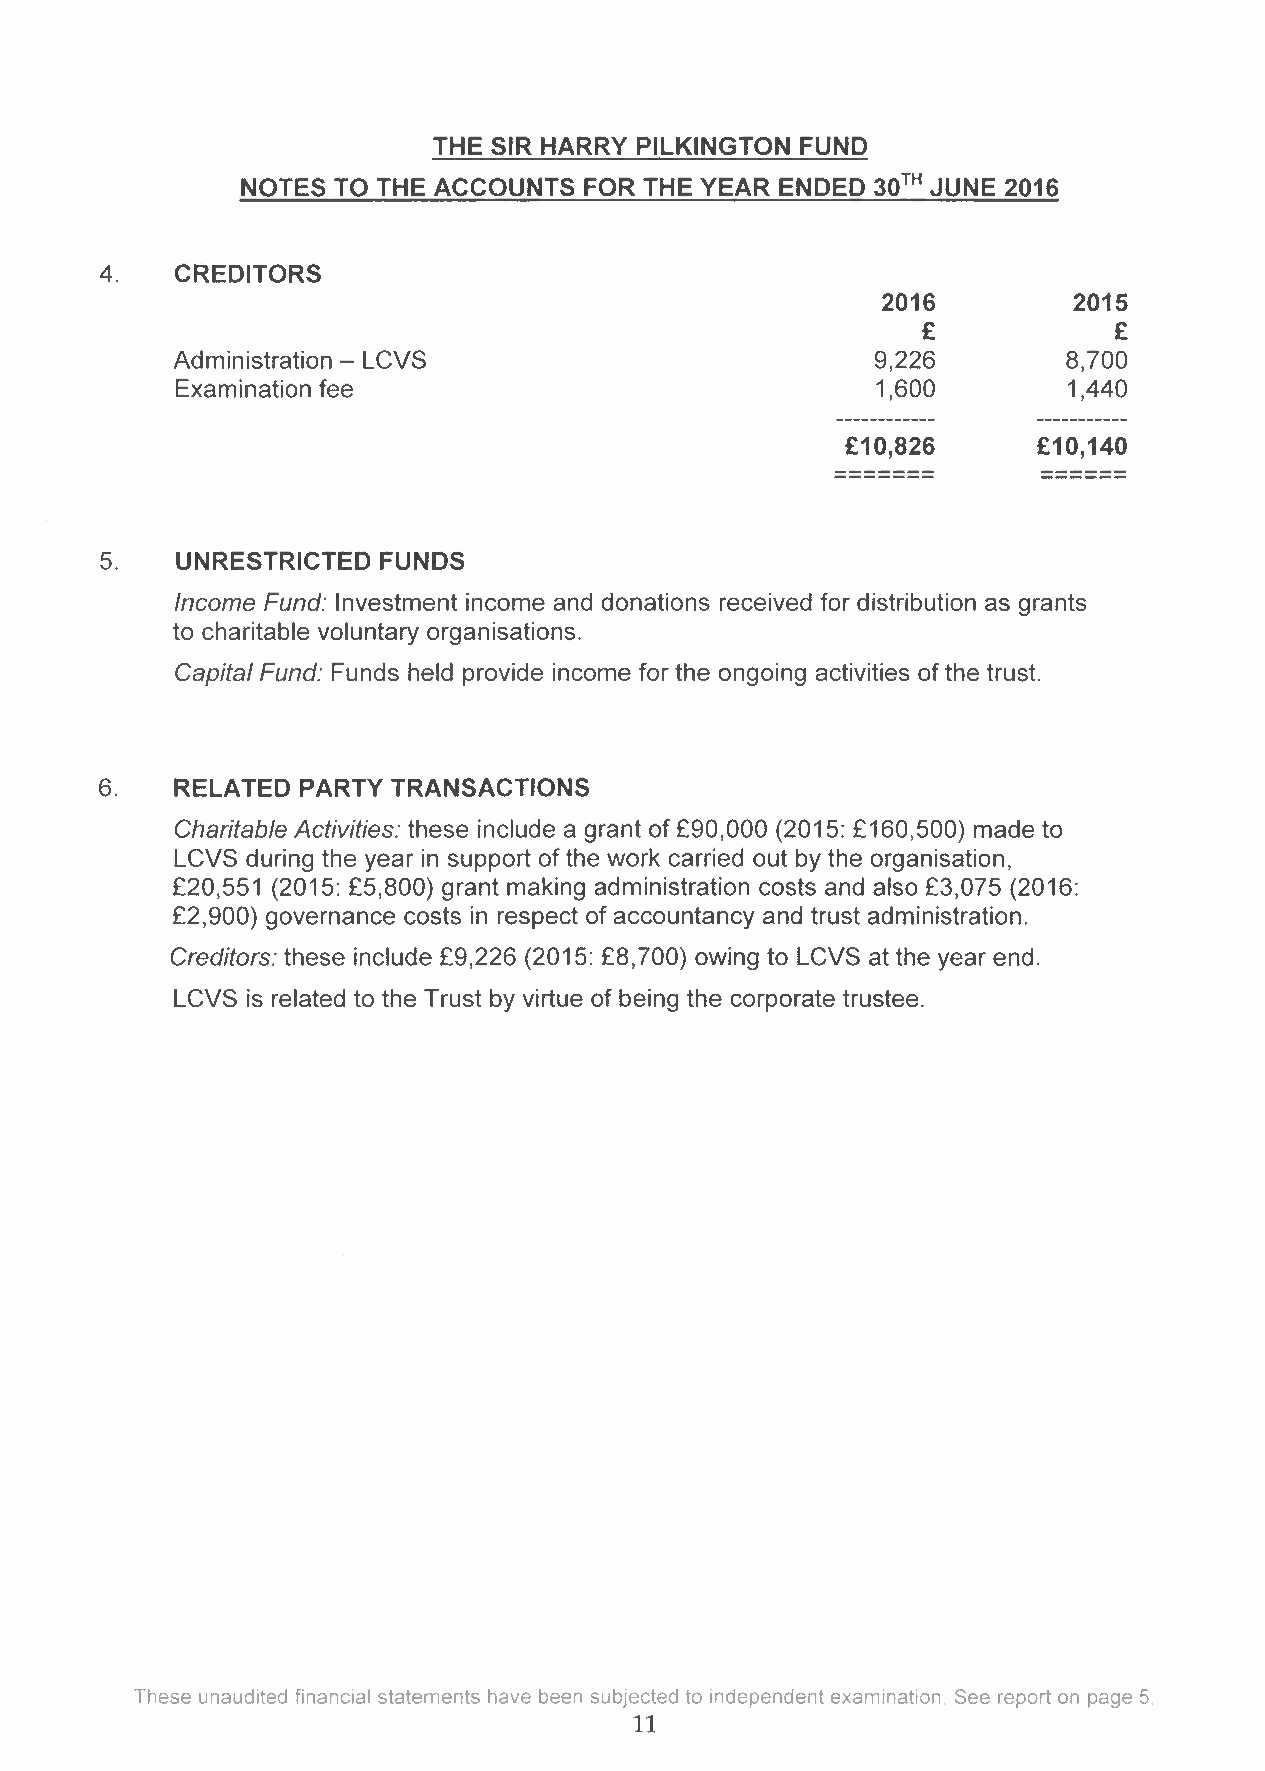
THE SIR HARRY PILKINGTON FUND
 NOTES TO THE ACCOUNTS  FOR THE YEAR ENDED 30TH JUNE 2016
 4.   CREDITORS
 2016         2015
 £            £
 Administration - LCVS                          9,226        8,700
 Examination fee                               1,600        1,440
 ------------  -----------
 £10,826      £10,140
 - --- -- -- -- --- - ------------
 5.   UNRESTRICTED FUNDS
 Income Fund: Investment income and donations received for distribution as grants
 to charitable voluntary organisations.
 Capital Fund: Funds held provide income for the ongoing activities of the trust.
 6.   RELATED PARTY TRANSACTIONS
 Charitable Activities: these include a grant of £90,000 (2015: £160,500) made to
 LCVS during the year in support of the work carried out by the organisation,
 £20,551 (2015: £5,800) grant making administration costs and also £3,075 (2016:
 £2,900) governance costs in respect of accountancy and trust administration.
 Creditors: these include £9,226 (2015: £8,700) owing to LCVS at the year end.
 LCVS is related to the Trust by virtue of being the corporate trustee.
 These unaudited financial statements have been subjected to independent examination. See report on page 5.
 11